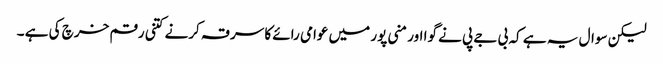
لیکن سوال یہ ہے کہ بی جے پی نے گوا اور منی پور میں عوامی رائے کا سرقہ کرنے کتنی رقم خرچ کی ہے ۔